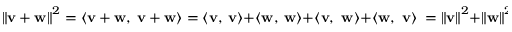
\left\| \mathbf { v } + \mathbf { w } \right\| ^ { 2 } = \langle \mathbf { v + w } , \ \mathbf { v + w } \rangle = \langle \mathbf { v } , \ \mathbf { v } \rangle + \langle \mathbf { w } , \ \mathbf { w } \rangle + \langle \mathbf { v , \ w } \rangle + \langle \mathbf { w , \ v } \rangle \ = \left\| \mathbf { v } \right\| ^ { 2 } + \left\| \mathbf { w } \right\| ^ { 2 } ,